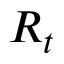
R _ { t }